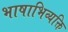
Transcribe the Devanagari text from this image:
भाषाभिव्यक्ति